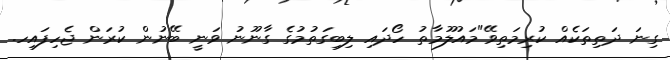
ގިނަ ދަތިތަކެއް ކުރިމަތިވޭ"މައުލޫމާތު ހޯދައި ލިބިގަތުމުގެ ގާނޫނު ވަނީ ބޭނުން ކުރަން ޖެހިފައިހ.